Indian journal of veterinary science and animal husbandry - Volumes 15-17, 1948-1951
Year: 1948
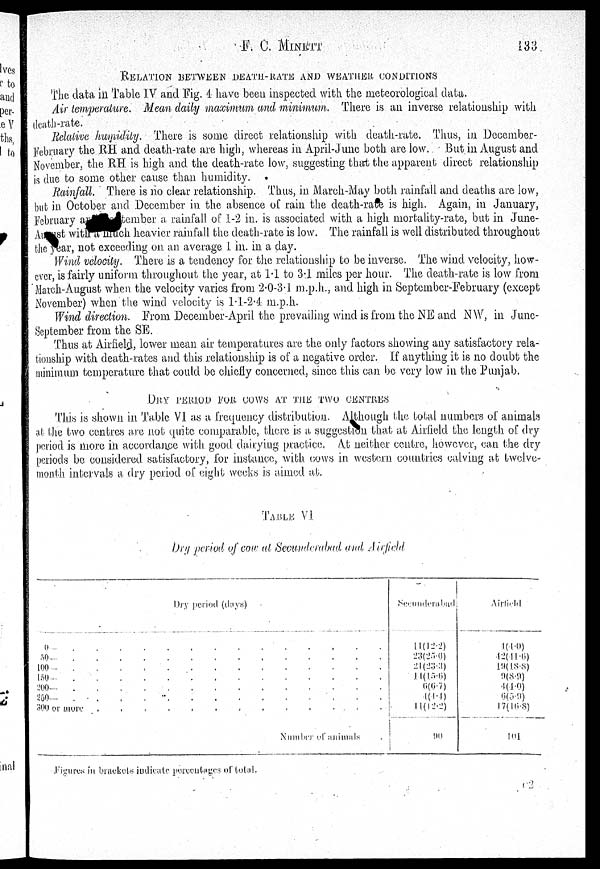
F.C. MINETT
133
RELATION BETWEEN DEATH-RATE AND WEATHER CONDITIONS
The data in Table IV and Fig. 4 have been inspected with the meteorological data.
Air temperature. Mean daily maximum and minimum. There is an inverse relationship with.
death-rate.
Relative humidity. There is some direct relationship with death-rate. Thus, in December-
February the RH and death-rate are high, whereas in April-June both are low. But in August and
November, the RH is high and the death-rate low, suggesting that the apparent direct relationship
is due to some other cause than humidity.
Rainfall. There is no clear relationship. Thus, in March-May both rainfall and deaths are low,
but in October and December in the absence of rain the death-rate is high. Again, in January,
February and September a rainfall of 1-2 in. is associated with a high mortality-rate, but in June-
August with a much heavier rainfall the death-rate is low. The rainfall is well distributed throughout
the year, not exceeding on. an average 1 in. in a day.
Wind velocity. There is a tendency for the relationship to be inverse, The wind velocity, how-
ever, is fairly uniform throughout the year, at 1.1 to 3.1 miles per hour. The death-rate is low from
March-August when the velocity varies from 2.0-3.1 m.p.h., and high in September-February (except
November) when the wind velocity is 1.1-2.4 m.p.h.
Wind direction. From December-April the prevailing wind is from the NE and NW, in June-
September from the SE.
Thus at Airfield, lower mean air temperatures are the only factors showing any satisfactory rela-
tionship with death-rates and this relationship is of a negative order. If anything it is no doubt the
minimum temperature that could be chiefly concerned, since this can be very low in the Punjab.
DRY PERIOD FOR COWS AT THE TWO CENTRES
This is shown in Table VI as a frequency distribution. Although the total numbers of animals
at the two centres are not quite comparable, there is a suggestion that at Airfield the length of dry
period is more in accordance with good dairying practice. At neither centre, however, can the dry
periods be considered satisfactory, for instance, with cows in western countries calving at twelve-
month intervals a dry period of eight weeks is aimed at.
TABLE VI
Dry period of cow at Secunderabad and Airfield
Dry period (days)
0— . . . .
50— . . . .
100— . . . .
150— . . . .
200—
.
.
.
.
250— . . . .
300 or more . . . .
Number of animals
Secunderabad
11(12.2)
23(25.6)
21(23.3)
11(15.6)
6(6.7)
4(4.4)
11(12.2)
90
Airleld
4(4.0)
42(41.6)
19(18.8)
9(8.9)
4(4.0)
6(5.9)
17(16.8)
101
Figures in brackets indicate porecutages of total.
C 2